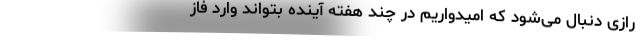
رازی دنبال می‌شود که امیدواریم در چند هفته آینده بتواند وارد فاز